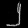
Digit: ၂